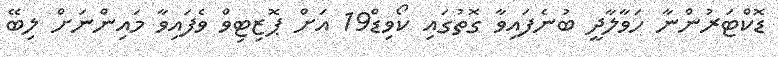
ޑޮކްޓަރުންނާ ހަވާލާދީ ބުނެފައިވާ ގޮތުގައި ކޯވިޑް19 އަށް ޕޮޒިޓިވް ވެފައިވާ މައިންނަށް ލިބޭ